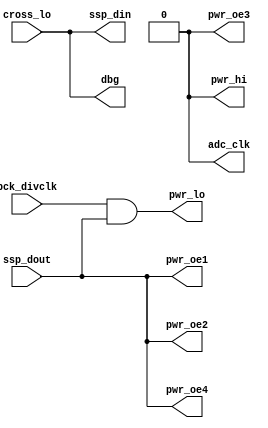
//-----------------------------------------------------------------------------
// For reading TI tags, we need to place the FPGA in pass through mode
// and pass everything through to the ARM
//-----------------------------------------------------------------------------
// iZsh <izsh at fail0verflow.com>, June 2014

module lo_passthru(
    input pck_divclk,
    output pwr_lo, output pwr_hi,
    output pwr_oe1, output pwr_oe2, output pwr_oe3, output pwr_oe4,
    output adc_clk,
    output ssp_din, input ssp_dout,
    input cross_lo,
    output dbg
);

// the antenna is modulated when ssp_dout = 1, when 0 the
// antenna drivers stop modulating and go into listen mode
assign pwr_oe3 = 1'b0;
assign pwr_oe1 = ssp_dout;
assign pwr_oe2 = ssp_dout;
assign pwr_oe4 = ssp_dout;
assign pwr_lo = pck_divclk && ssp_dout;
assign pwr_hi = 1'b0;
assign adc_clk = 1'b0;
assign ssp_din = cross_lo;
assign dbg = cross_lo;

endmodule